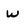
Character: W